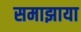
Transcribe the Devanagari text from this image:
समाझाया